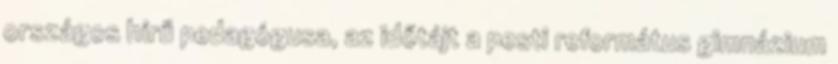
országos hírű pedagógusa, az időtájt a pesti református gimnázium